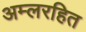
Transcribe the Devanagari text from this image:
अम्लरहित